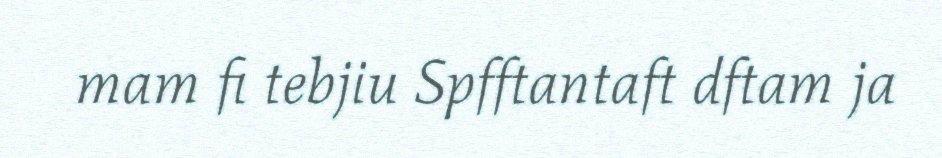
mam fi tebjiu Spfftantaft dftam ja